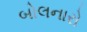
બોલનારો